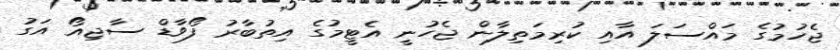
ޖެހުމުގެ މައްސަލަ އާއި ކުރިމަތިލާން ޖެހުނީ އެޓީމުގެ އިތުބާރު ފޯވާޑް ސާޖިއޯ އަގު